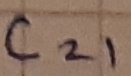
Text: C21